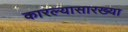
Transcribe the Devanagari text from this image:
कारल्यासारख्या